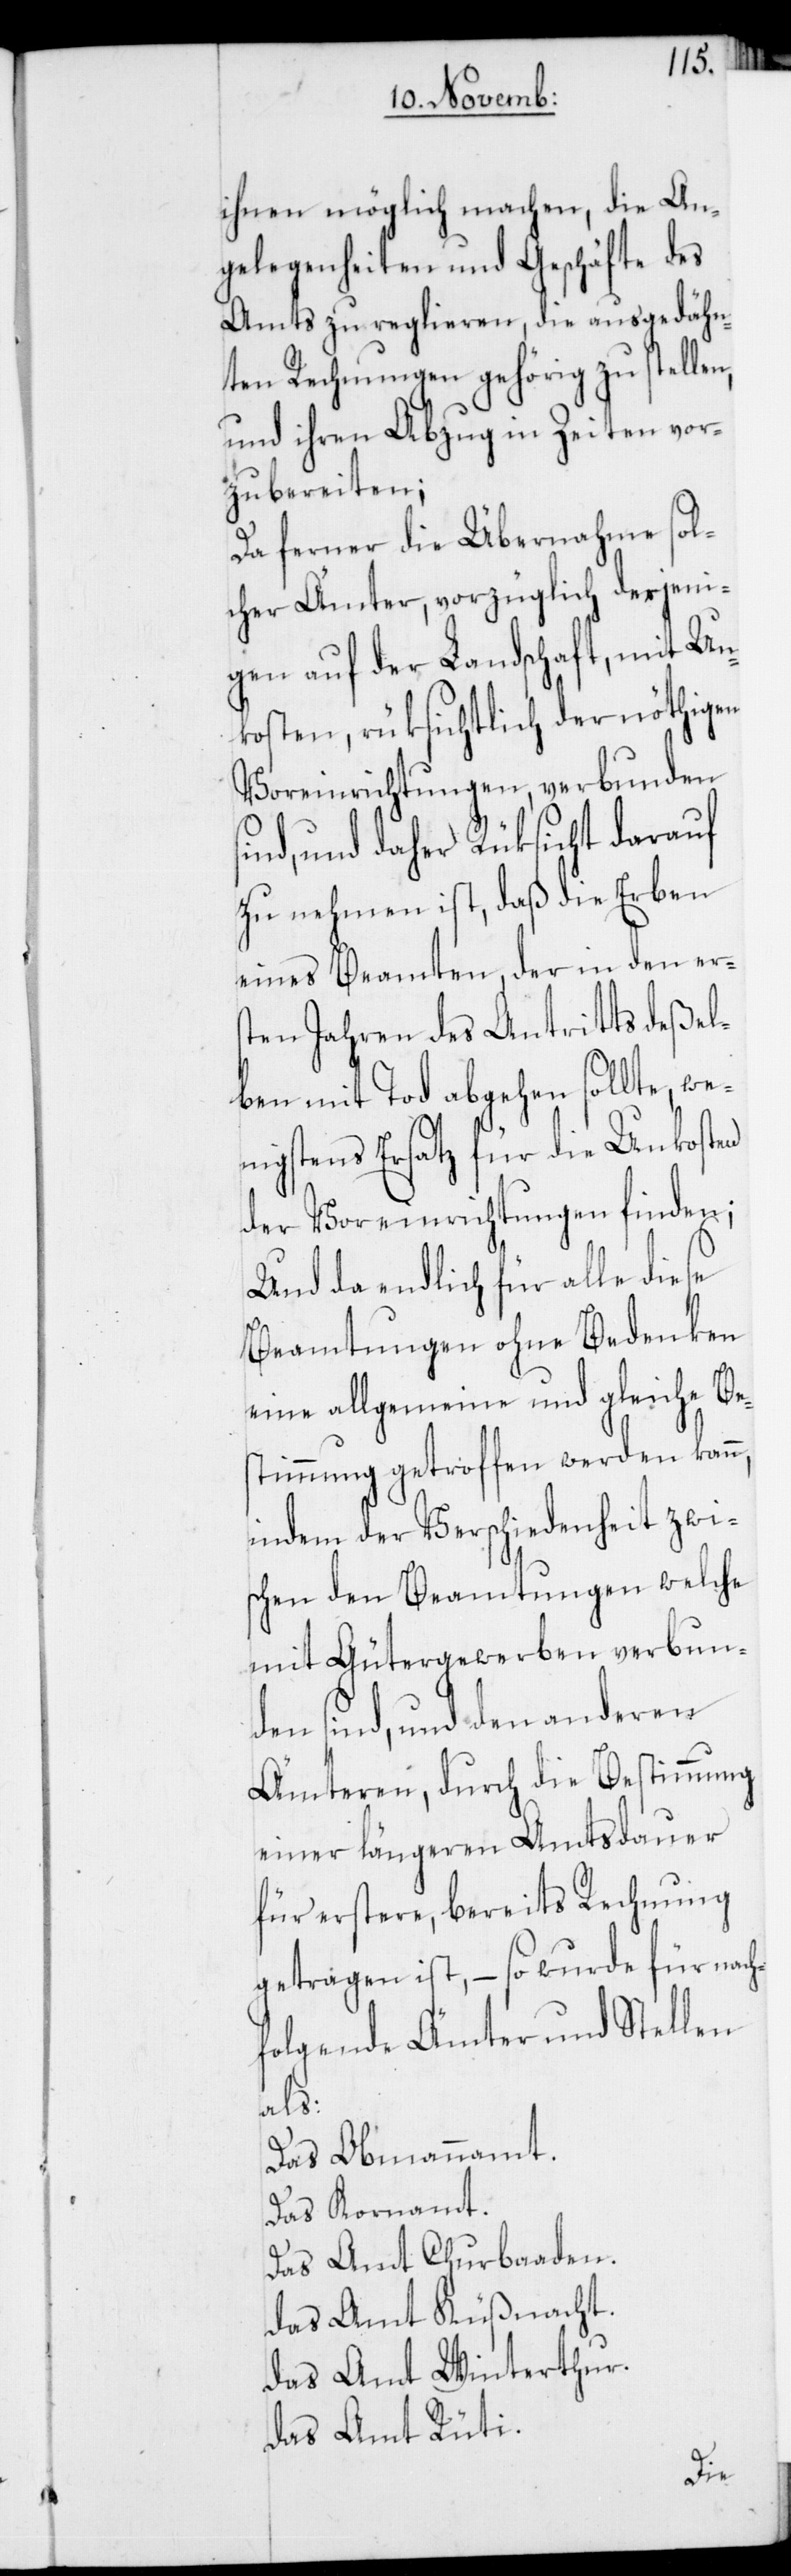
ihnen möglich machen, die An¬
gelegenheiten und Geschäfte des
Amts zu reglieren, die ausgedähn¬
ten Rechnungen gehörig zu stellen,
und ihren Abzug in Zeiten vor¬
zubereiten;
Da ferner die Übernahme sol¬
cher Ämter, vorzüglich derjeni¬
gen auf der Landschaft, mit Un¬
kosten, rüksichtlich der nöthigen
Voreinrichtungen, verbunden
ind, und daher Rüksicht darauf
zu nehmen ist, daß die Erben
eines Beamten, der in den er¬
sten Jahren des Antritts deßel¬
ben mit Tod abgehen sollte, we¬
nigstens Ersatz für die Unkosten
der Voreinrichtungen finden;
Und da endlich für alle diese
Beamtungen ohne Bedenken
eine allgemeine und gleiche Be¬
stimmung getroffen werden kann,
indem der Verschiedenheit zwi¬
schen den Beamtungen welche
mit Gütergewerben verbun¬
den sind, und den anderen
Ämteren, durch die Bestimmung
einer längeren Amtsdauer
für erstere, bereits Rechnung
getragen ist, – so wurde für nach¬
folgende Ämter und Stellen
als:
Das Obmannamt.
Das Kornamt.
Das Amt Churbaaden.
Das Amt Küßnacht.
Das Amt Winterthur.
Das Amt Rüti.